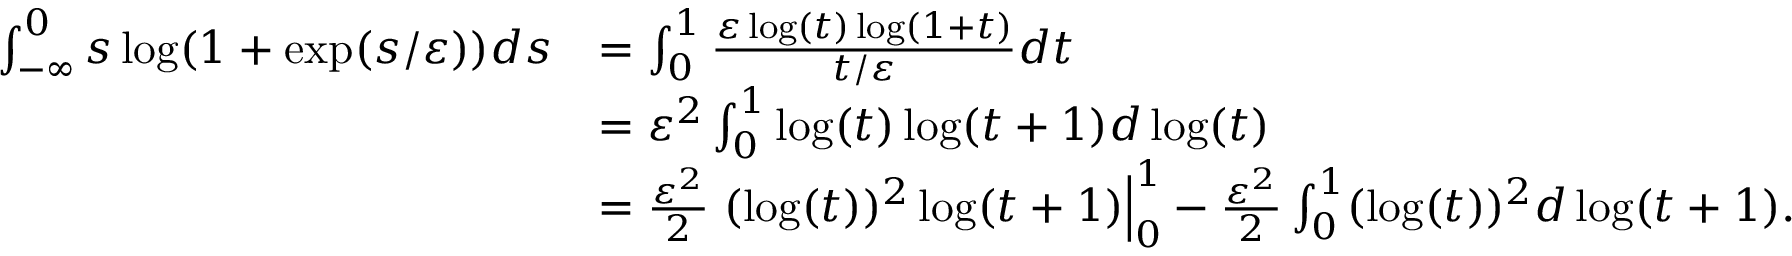
\begin{array} { r l } { \int _ { - \infty } ^ { 0 } s \log ( 1 + \exp ( s / \varepsilon ) ) d s } & { = \int _ { 0 } ^ { 1 } \frac { \varepsilon \log ( t ) \log ( 1 + t ) } { t / \varepsilon } d t } \\ & { = \varepsilon ^ { 2 } \int _ { 0 } ^ { 1 } \log ( t ) \log ( t + 1 ) d \log ( t ) } \\ & { = \frac { \varepsilon ^ { 2 } } { 2 } \left. ( \log ( t ) ) ^ { 2 } \log ( t + 1 ) \right| _ { 0 } ^ { 1 } - \frac { \varepsilon ^ { 2 } } { 2 } \int _ { 0 } ^ { 1 } ( \log ( t ) ) ^ { 2 } d \log ( t + 1 ) . } \end{array}